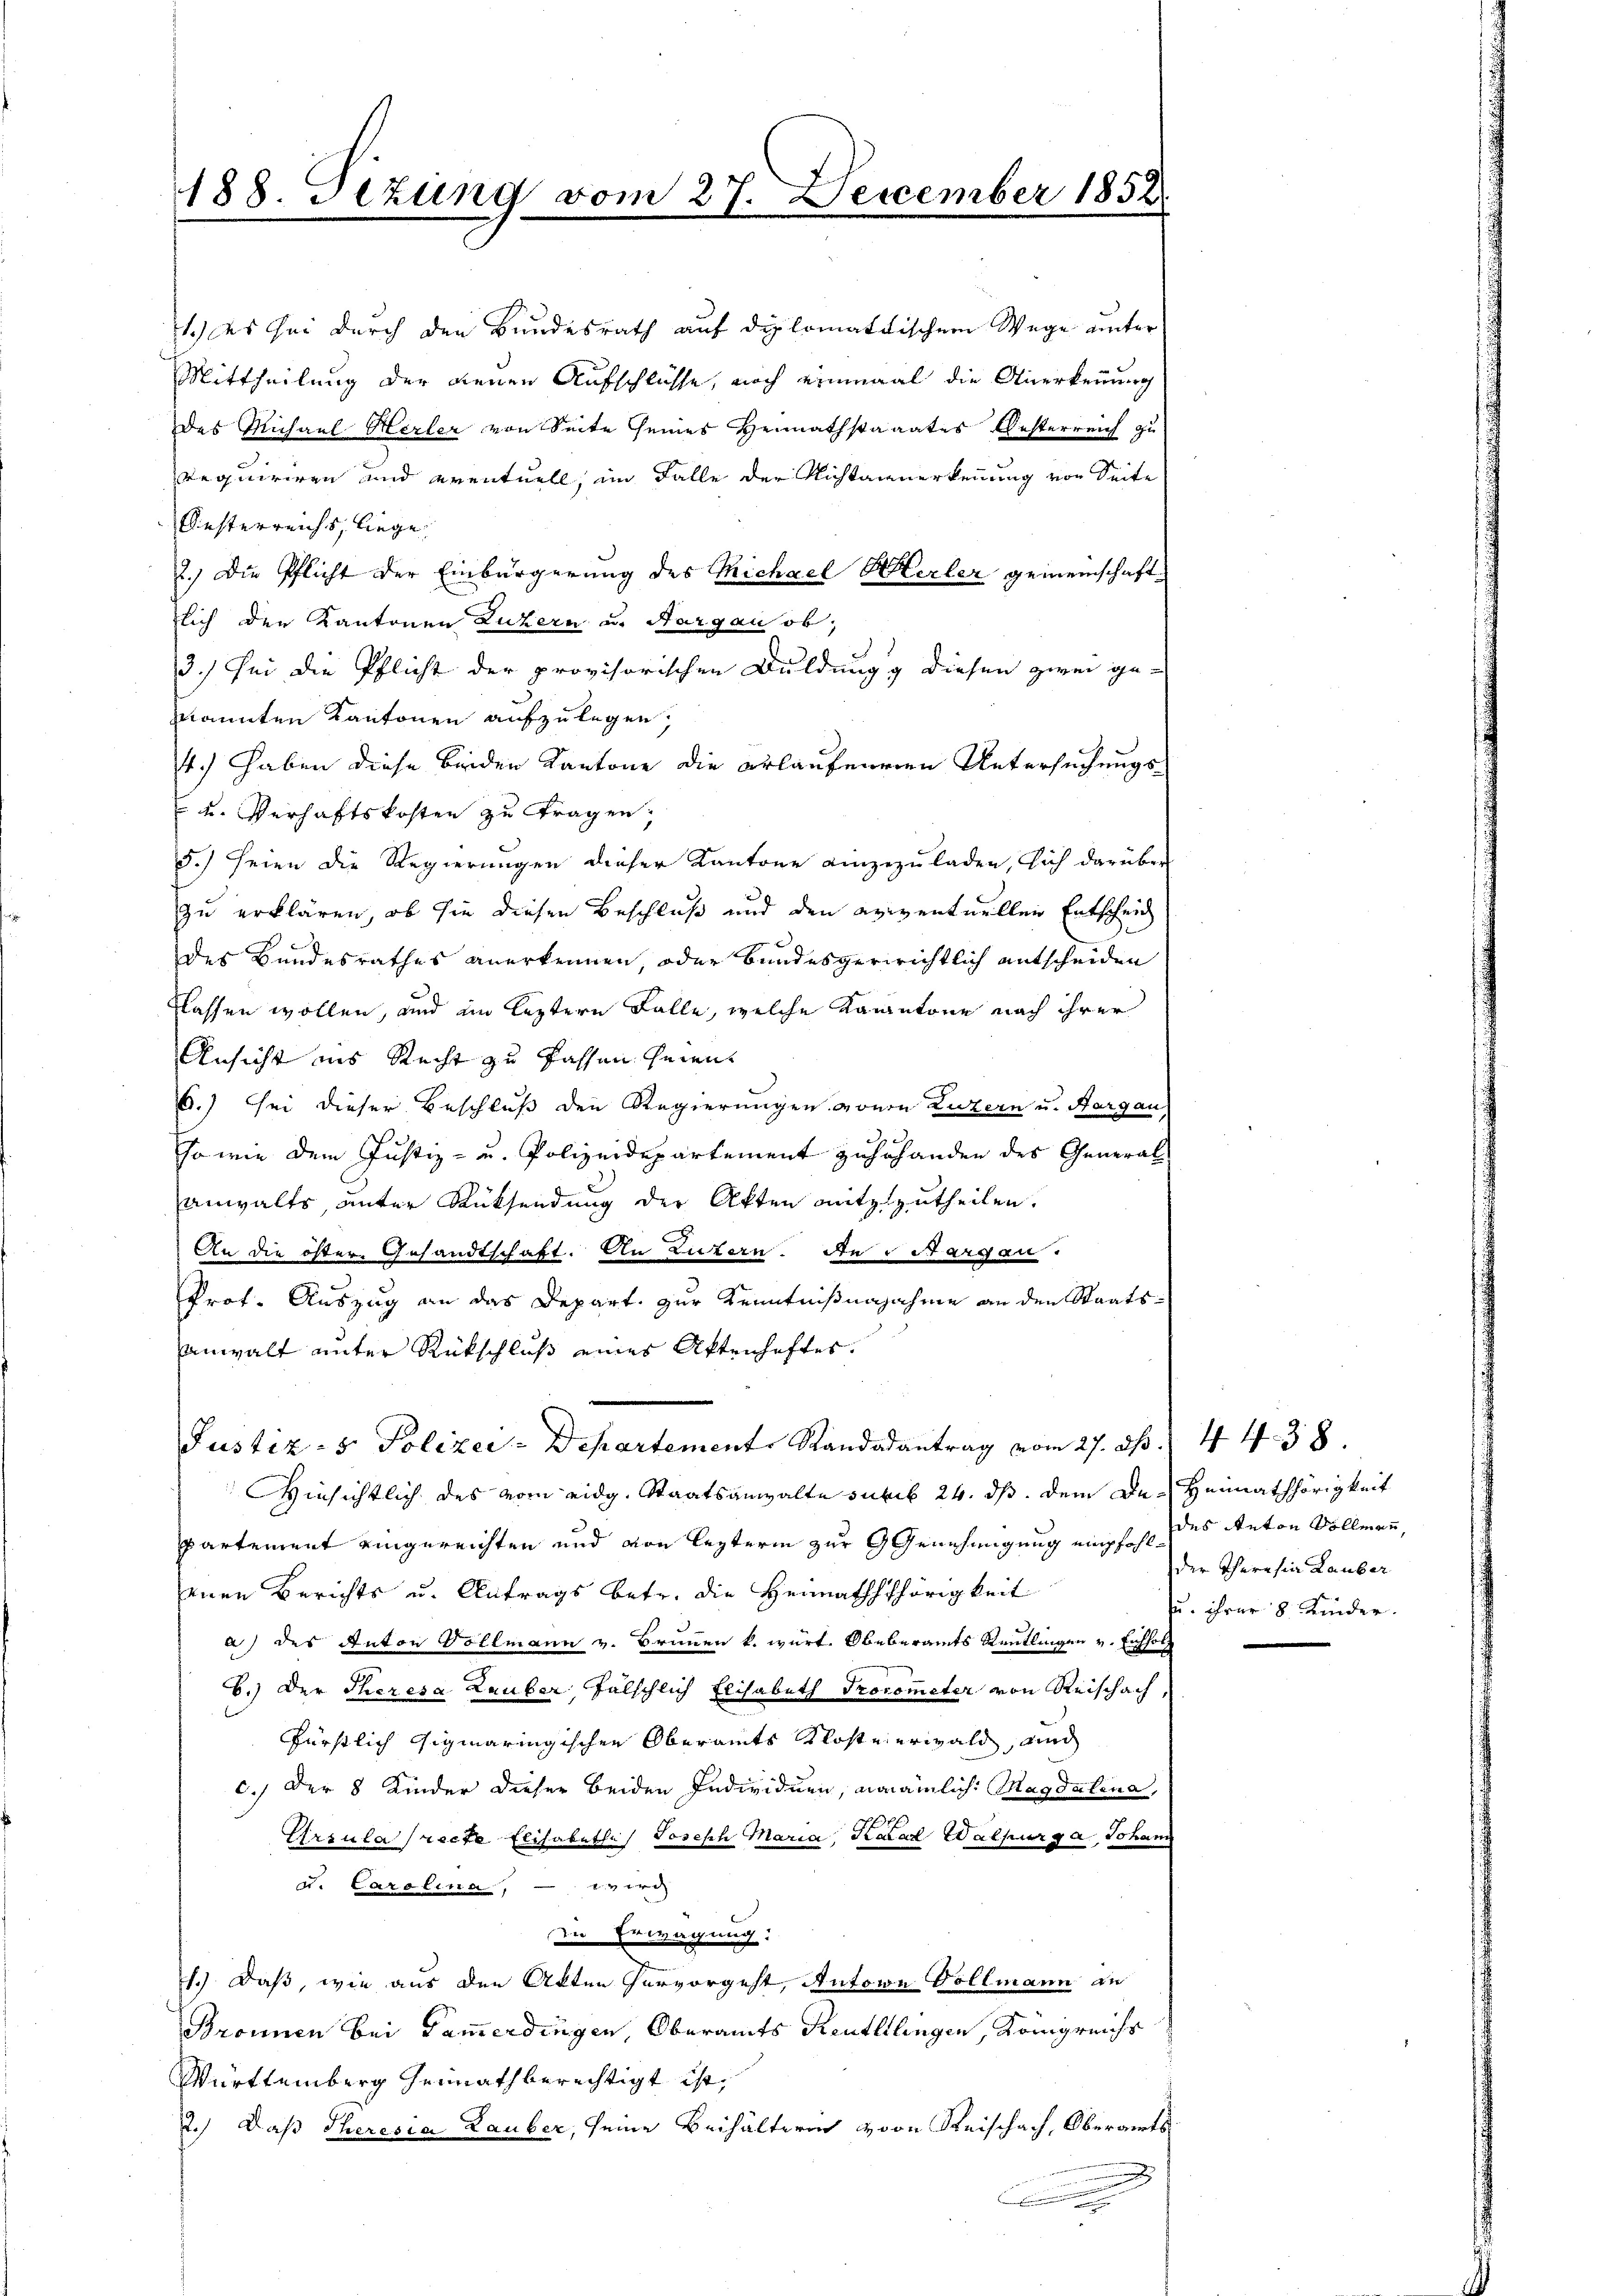
188. Setzung vom 27. December 1852

1.) es sei durch den Bundesrath auf diplomatischem Wege unter
Mittheilung der denen Aufschlüsse, noch einmal die Anerkennung
des Michael Herler von Seite seines Heimathstaaates Oesterreich zu
requiriren und eventuell, im Falle der Nichtanerkennung von Seite
Oesterreichs, liege
2.) Die Pflicht der Einbürgerung des Michael Merler gemeinschaftlich den Kantonen Luzern a Margau ob,
3.) Sei die Pflicht der provisorischen Duldungg diesen zwei ge-
annten Kantonen aufzulegen,
4.) Haben diese beiden Kantone die erläufeneren Untersuchungs¬
 u. Verhaftskosten zu tragen,
5.) Seien die Regierungen dieser Kantone einzuzuladen, sich darüber
zu erklären, ob sie diesen Beschluß und den aviventuellen Entscheid
des Bundesrathes anerkennen, oder bundesgerichtlich entscheiden
flassen wollen, und im leztern Falle, welche Kantone nach ihrer
Ansicht ins Recht zu fassen seien
6.) sei dieser Beschluß den Regierungen von Luzern und Aargau,
so wie dem Justiz- u. Polizeidepartement zuzuhanden des General
anwalts, unter Rücksendung der Akten mitzutheilen.
An die öster Gesandtschaft. An Luzern. Die Sargau.
Prof. Auszug an das Depart. zur Kenntnißnajahme an den Staatsanwalt unter Rückschluß eines Aktenhaftes.
Justiz- & Polizei-Departement Standarantrag vom 27. ds. 4 438.
Hinsichtlich des vom eidg. Staatsanwalte subis 24. ds. dem De-Heimathörigkeit
partement eingereichten und von lezterm zur Genehmigung empfohleinen Berichts u. Antrags betr. die Heimaththörigkeit
a) des Anton Vollmann v. Brunnen k. würt. Obeberamts Reutlingen v. Eichholz
b.) Der Theresa Lauber fälschlich Elisabeth Procometer von Reischach,
fürstlich gigmaringischen Oberamts Kloste erwald, und
c.) Der 8 Kinder dieser beiden Individuen, annämlich: Magdalena,
Ursula recte Elisabetha Joseph Maria, Karad Walpurg a, Johann
d. Carolina, - viri
die Erwägung:
1.) Daß, wie aus den Akten hervorgeht, Antone Vollmann du
Bronnen bei Tammerdingen Oberamts Reutlllingen, Königreichs
Württemberg heimath berechtigt ist,
2.) Daß Theresia Lauber, seine Beihälteren von Reischach, Oberamts
2
.

des Anton Vollmann,
der Theresia Lauber
u. ihrer 8 Kinder.